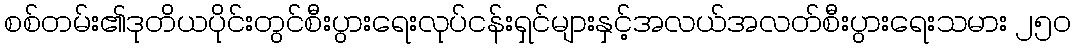
စစ်တမ်း၏ဒုတိယပိုင်းတွင်စီးပွားရေးလုပ်ငန်းရှင်များနှင့်အလယ်အလတ်စီးပွားရေးသမား ၂၅၀